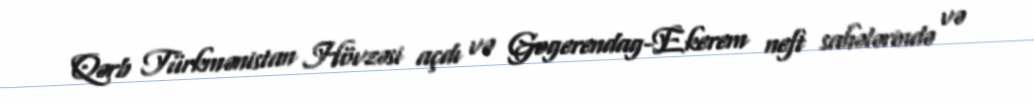
Qərb Türkmənistan Hövzəsi açdı və Gogerendag-Ekerem neft sahələrində və